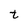
Character: t